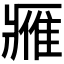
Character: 𨿳